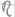
Text: R